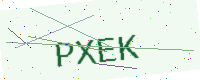
Text: PXEK